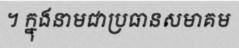
។ ក្នុងនាមជាប្រធានសមាគម